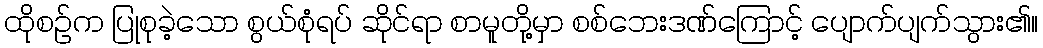
ထိုစဉ်က ပြုစုခဲ့သော စွယ်စုံရပ် ဆိုင်ရာ စာမူတို့မှာ စစ်ဘေးဒဏ်ကြောင့် ပျောက်ပျက်သွား၏။